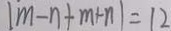
\vert m - n + m + n \vert = 1 2